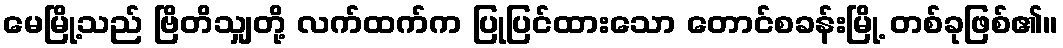
မေမြို့သည် ဗြိတိသျှတို့ လက်ထက်က ပြုပြင်ထားသော တောင်စခန်းမြို့ တစ်ခုဖြစ်၏။